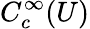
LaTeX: C_{c}^{\infty}(U)